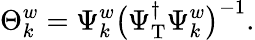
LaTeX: \Theta_{k}^{w}=\Psi_{k}^{w}\big(\Psi_{\mathrm{T}}^{\dagger}\Psi_{k}^{w}\big)^{-1}.